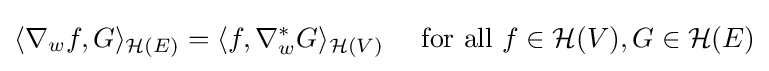
\langle \nabla _{w}f,G\rangle _{{\mathcal {H}}(E)}=\langle f,\nabla _{w}^{*}G\rangle _{{\mathcal {H}}(V)}\quad {\text{ for all }}f\in {\mathcal {H}}(V),G\in {\mathcal {H}}(E)